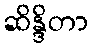
ဆိန္ဒိတာ